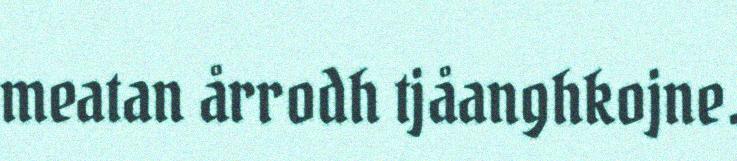
meatan årrodh tjåanghkojne.